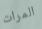
المرات